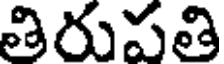
తిరుపతి